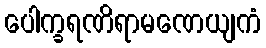
ပေါက္ခရဏိရာမဏေယျကံ